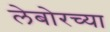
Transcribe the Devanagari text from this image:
लेबोरच्या